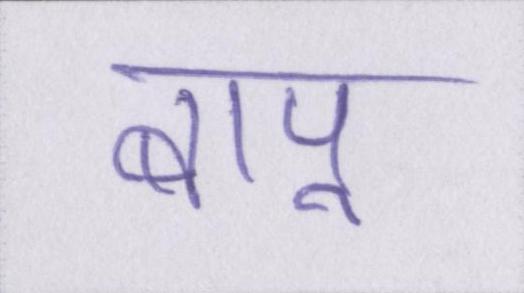
बापू